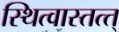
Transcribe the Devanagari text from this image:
स्थित्वास्तत्त्